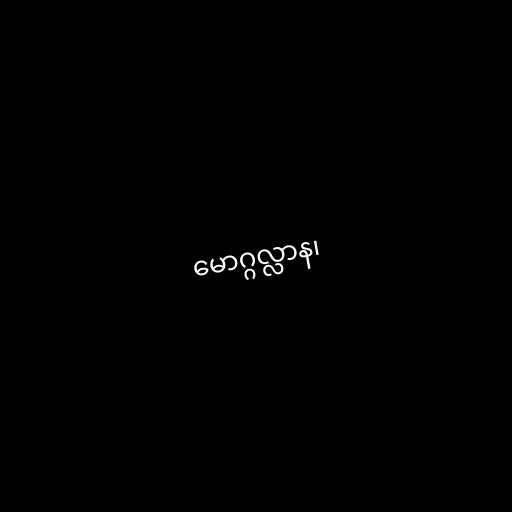
မောဂ္ဂလ္လာန၊